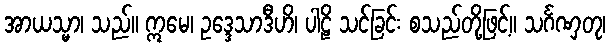
အာယသ္မာ၊ သည်။ ဣမေ၊ ဥဒ္ဒေသာဒီဟိ၊ ပါဠိ သင်ခြင်း စသည်တို့ဖြင့်။ သင်္ဂဏှတု၊